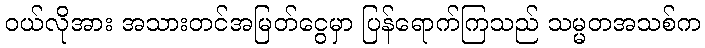
၀ယ်လိုအား အသားတင်အမြတ်ငွေမှာ ပြန်ရောက်ကြသည် သမ္မတအသစ်က